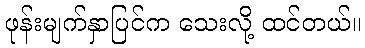
ဖုန်းမျက်နှာပြင်က သေးလို့ ထင်တယ်။